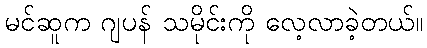
မင်ဆူက ဂျပန် သမိုင်းကို လေ့လာခဲ့တယ်။